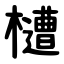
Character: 㯾